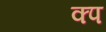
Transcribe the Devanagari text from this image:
क्प